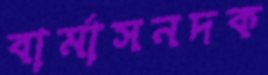
বার্মাসনদক